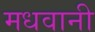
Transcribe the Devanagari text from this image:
मधवानी